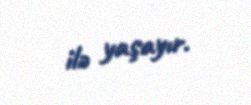
ilə yaşayır.